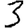
Digit: 3